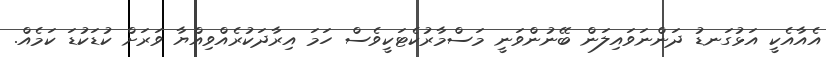
އެއާއެކީ އަޅުގަނޑު ދަންނަވައިލަން ބޭނުންވަނީ މަސްމާރުކެޓަކީވެސް ހަމަ އިރާދަކުރެއްވިއްޔާ ވަރަށް ކުޑަކުޑަ ކަމެއް.